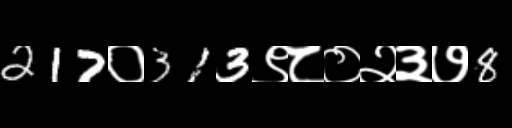
Text: 217०313९८०२३७8